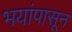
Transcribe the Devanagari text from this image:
भयांपासून